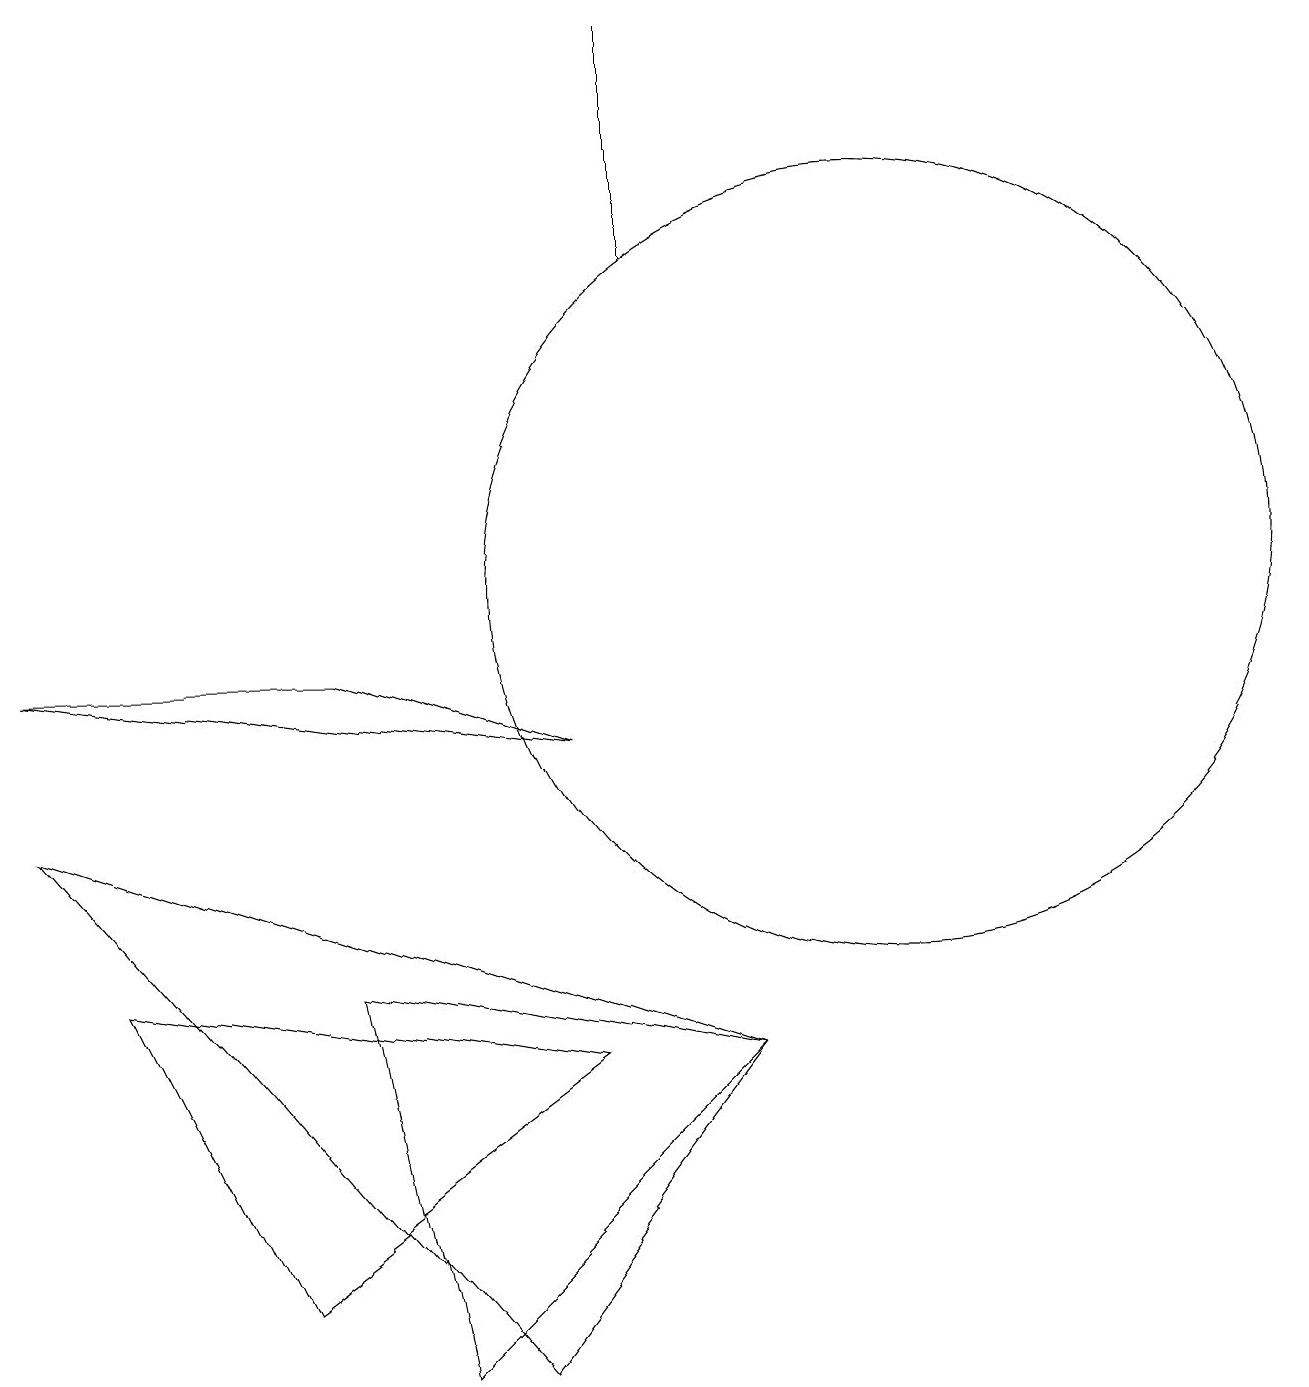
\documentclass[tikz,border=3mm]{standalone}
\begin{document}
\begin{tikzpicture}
\draw (4,5) -- (9,4) -- (5,0) -- cycle;
\draw (1,5) -- (7,4) -- (3,1) -- cycle;
\draw (0,9) -- (4,9) -- (7,8) -- cycle;
\draw (9,4) -- (0,7) -- (6,0) -- cycle;
\draw (10,11) circle (0);
\draw (8,17) rectangle (8,14);
\draw (11,10) circle (5);
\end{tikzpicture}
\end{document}